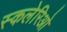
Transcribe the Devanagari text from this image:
स्कलेरिओ